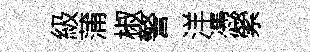
級蒲椒警洋慿縈